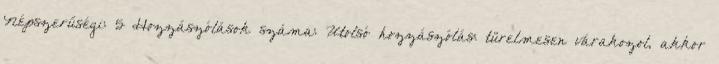
Népszerűségi: 5 Hozzászólások száma: Utolsó hozzászólás: türelmesen várakozol, akkor